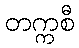
တက္ကစီ